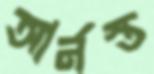
আর্নস্ত